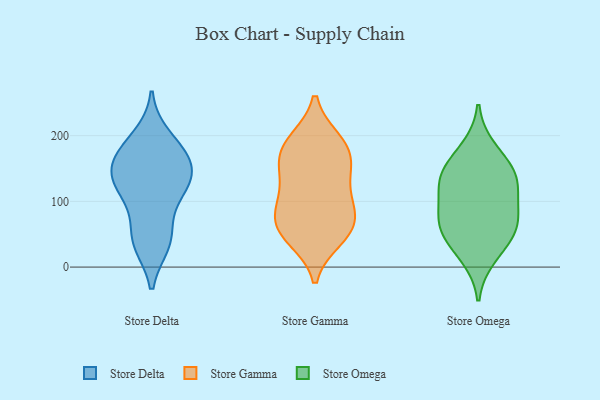
{"axis": {"x": "Tickets Resolved", "y": "Value"}, "legend": ["Store Delta", "Store Gamma", "Store Omega"], "data": [{"x": "", "y": 173, "type": "Store Delta"}, {"x": "", "y": 126, "type": "Store Delta"}, {"x": "", "y": 44, "type": "Store Delta"}, {"x": "", "y": 37, "type": "Store Delta"}, {"x": "", "y": 45, "type": "Store Delta"}, {"x": "", "y": 122, "type": "Store Delta"}, {"x": "", "y": 153, "type": "Store Delta"}, {"x": "", "y": 129, "type": "Store Delta"}, {"x": "", "y": 159, "type": "Store Delta"}, {"x": "", "y": 172, "type": "Store Delta"}, {"x": "", "y": 109, "type": "Store Delta"}, {"x": "", "y": 197, "type": "Store Delta"}, {"x": "", "y": 116, "type": "Store Gamma"}, {"x": "", "y": 79, "type": "Store Gamma"}, {"x": "", "y": 192, "type": "Store Gamma"}, {"x": "", "y": 54, "type": "Store Gamma"}, {"x": "", "y": 149, "type": "Store Gamma"}, {"x": "", "y": 185, "type": "Store Gamma"}, {"x": "", "y": 157, "type": "Store Gamma"}, {"x": "", "y": 54, "type": "Store Gamma"}, {"x": "", "y": 100, "type": "Store Gamma"}, {"x": "", "y": 44, "type": "Store Gamma"}, {"x": "", "y": 92, "type": "Store Gamma"}, {"x": "", "y": 157, "type": "Store Gamma"}, {"x": "", "y": 189, "type": "Store Gamma"}, {"x": "", "y": 60, "type": "Store Gamma"}, {"x": "", "y": 143, "type": "Store Omega"}, {"x": "", "y": 95, "type": "Store Omega"}, {"x": "", "y": 44, "type": "Store Omega"}, {"x": "", "y": 16, "type": "Store Omega"}, {"x": "", "y": 180, "type": "Store Omega"}, {"x": "", "y": 145, "type": "Store Omega"}, {"x": "", "y": 56, "type": "Store Omega"}, {"x": "", "y": 65, "type": "Store Omega"}, {"x": "", "y": 120, "type": "Store Omega"}, {"x": "", "y": 136, "type": "Store Omega"}, {"x": "", "y": 76, "type": "Store Omega"}]}